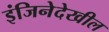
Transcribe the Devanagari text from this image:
इंजिनेदेखील